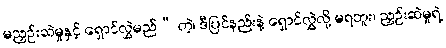
မညှဉ်းဆဲမှုနှင့် ရှောင်လွှဲမည်” တဲ့၊ ဒီပြင်နည်းနဲ့ ရှောင်လွှဲလို့ မရဘူး၊ ညှဉ်းဆဲမှုရဲ့